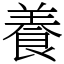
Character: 養